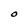
Character: O